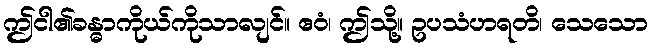
ဤငါ၏ခန္ဓာကိုယ်ကိုသာလျင်။ ဧဝံ၊ ဤသို့။ ဥပသံဟရတိ၊ သေသော